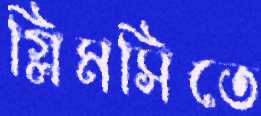
গ্লিমসিতে